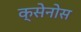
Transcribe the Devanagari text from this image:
क्सेनोस